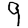
Digit: 9